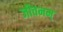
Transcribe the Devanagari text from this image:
जीवनम्‌